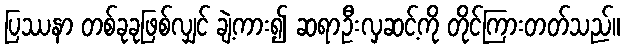
ပြဿနာ တစ်ခုခုဖြစ်လျှင် ချဲ့ကား၍ ဆရာဦးလှဆင့်ကို တိုင်ကြားတတ်သည်။